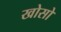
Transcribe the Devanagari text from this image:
खोसो